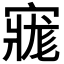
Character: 𡩽